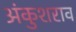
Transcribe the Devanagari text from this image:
अंकुशराव